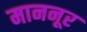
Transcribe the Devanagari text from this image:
माननूर